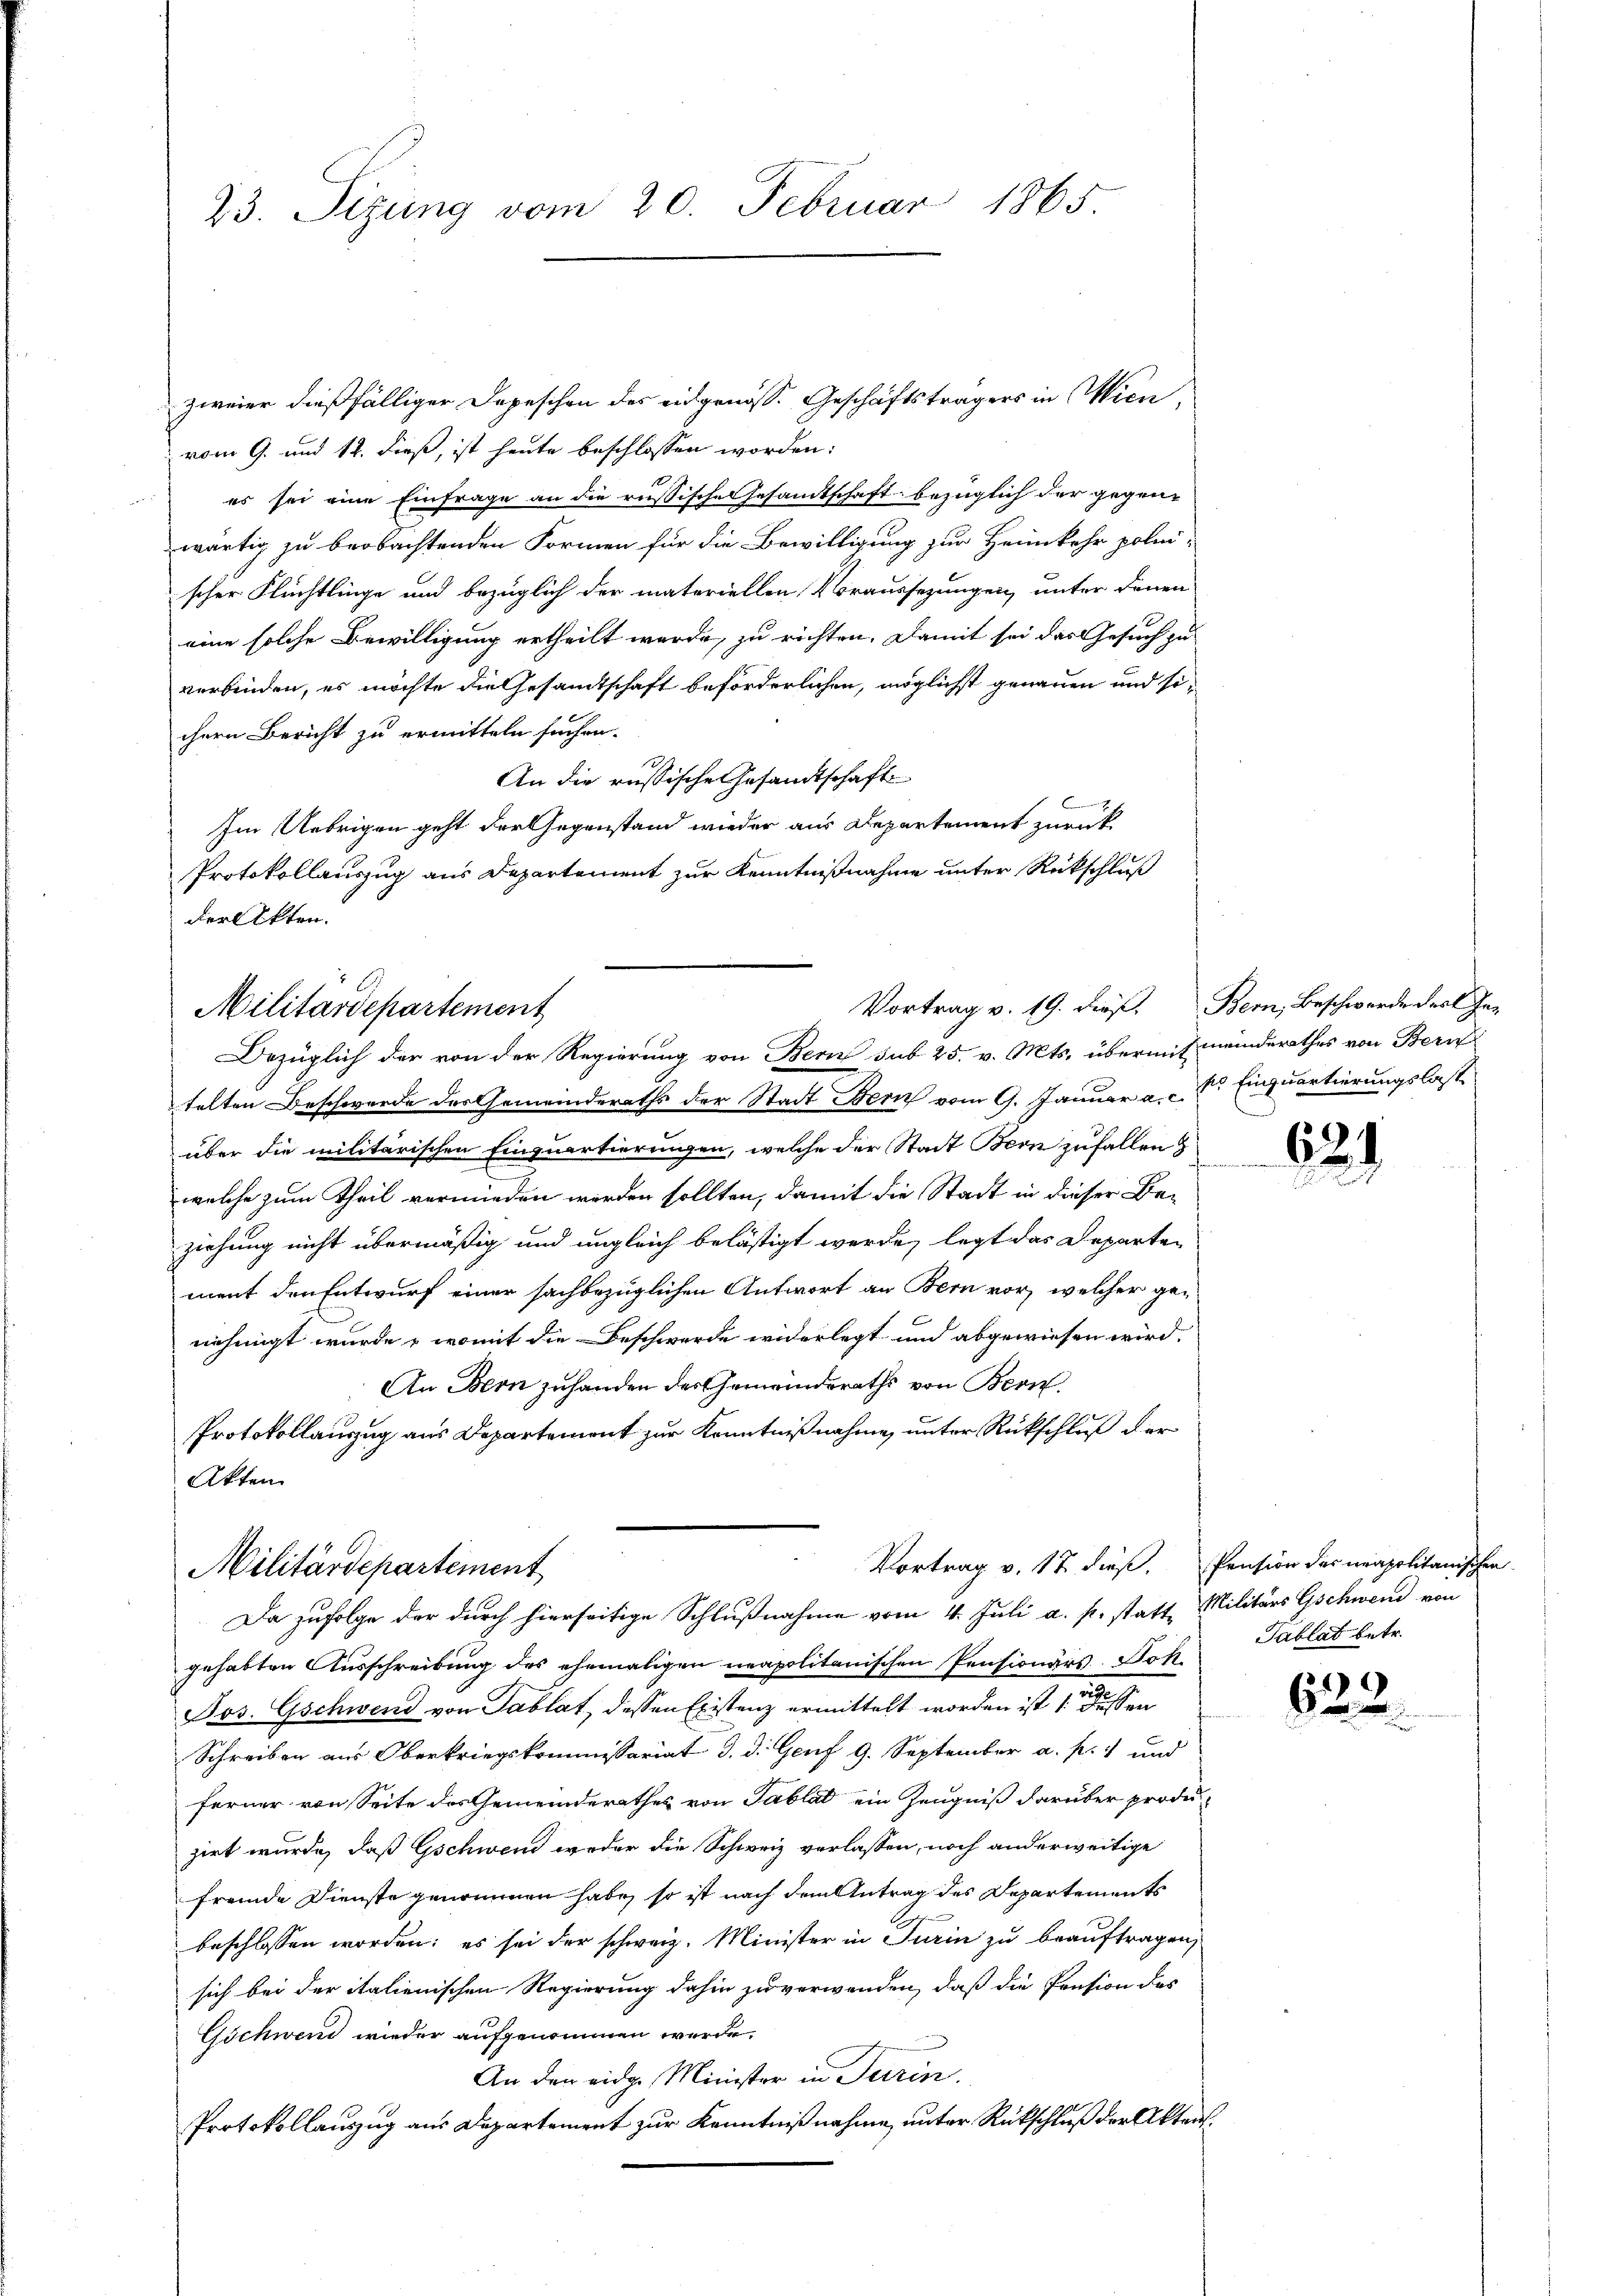
23. Sizung vom 20. Februar 1865.

zweier dießfälliger Depeschen des eidgenöss. Geschäftsträgers in Wien,
vom 9. und 12. dieß, ist heute beschlossen worden:
es sei eine Einfrage an die russische Gesandtschaft bezüglich der gegenwärtig zu beobachtenden Formen für die Bewilligung zur Heimkehr polni-
scher Flüchtlinge und bezüglich der materiellen Voraussezungen unter denen
eine solche Bewilligung ertheilt wurde, zu richten, damit sei das Gesuch zu
verbinden, es möchte die Gesamtschaft beförderlichen, möglichst genauen und sichern Bericht zu ermitteln suchen.
10.
An die russische Gesamtschaft
Im Uebrigen geht der Gegenstand wieder aus Departement zurück
Protokollauszug aus Departement zur Kenntnißnahme unter Rückschluß
der Akten.

telten Beschwerde des Gemeinderaths der Stadt Bern vom 9. Januar a. c. s. Einquartierungslaste
über die militärischen Einquartierungen, welche der Stadt Bern zufallen
welche zum Theil vermieden werden sollten, damit die Stadt in dieser Be-
ziehung nicht übermäßig und ungleich belästigt werde, legt das Departen
ment den Entwurf einer sachbezüglichen Antwort an Bern vor, welcher genehmigt wurde, womit die Beschwerde widerlegt und abgewiesen wird.
An Bern zuhanden des Gemeinderaths von Bern
gehabten Ausschreibung des ehemaligen neapolitanischen Pensionärs Joh.
Jos. Gschwend von Tablat, dessen Existenz ermittelt worden ist dessen
Schreiben aus Oberkriegskommissariat d. d. Genf 9. September a. p. 1 und
ferner von Seite des Gemeinderathes von Tablat ein Zeugniß darüber produzirt wurde, daß Gschwend weder die Schweiz verlassen, noch anderweitige
fremde Dienste genommen habe, so ist nach dem Antrag des Departements
beschlossen worden; es sei der schweiz. Minister in Turin zu beauftragen
sich bei der italienischen Regierung dahin zu verwenden, daß die Pension des
Gschwend wieder aufgenommen werde.
An den eidg. Minister in Turin.
Protokollauszug aus Departement zur Kenntnißnahme, unter Rückschluß der Akten¬

Militärdepartement
Bezüglich der von der Regierung von Bern sub 25. v. Mts. übermit minderathes von Bern

Protokollauszug aus Departement zur Kenntnißnahme, unter Rückschluß der
Akten
Militärdepartement
Da zufolge der durch hierseitige Schlußnahme vom 4. Juli a. p. statt Militärs Gschwend von

Vortrag v. 19. dieß. Bern, Beschwerde der In-

Vortrag v. 17 dieß. Pension des neapolitanischen

621

Tablat betr.

d